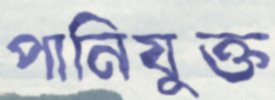
পানিযুক্ত